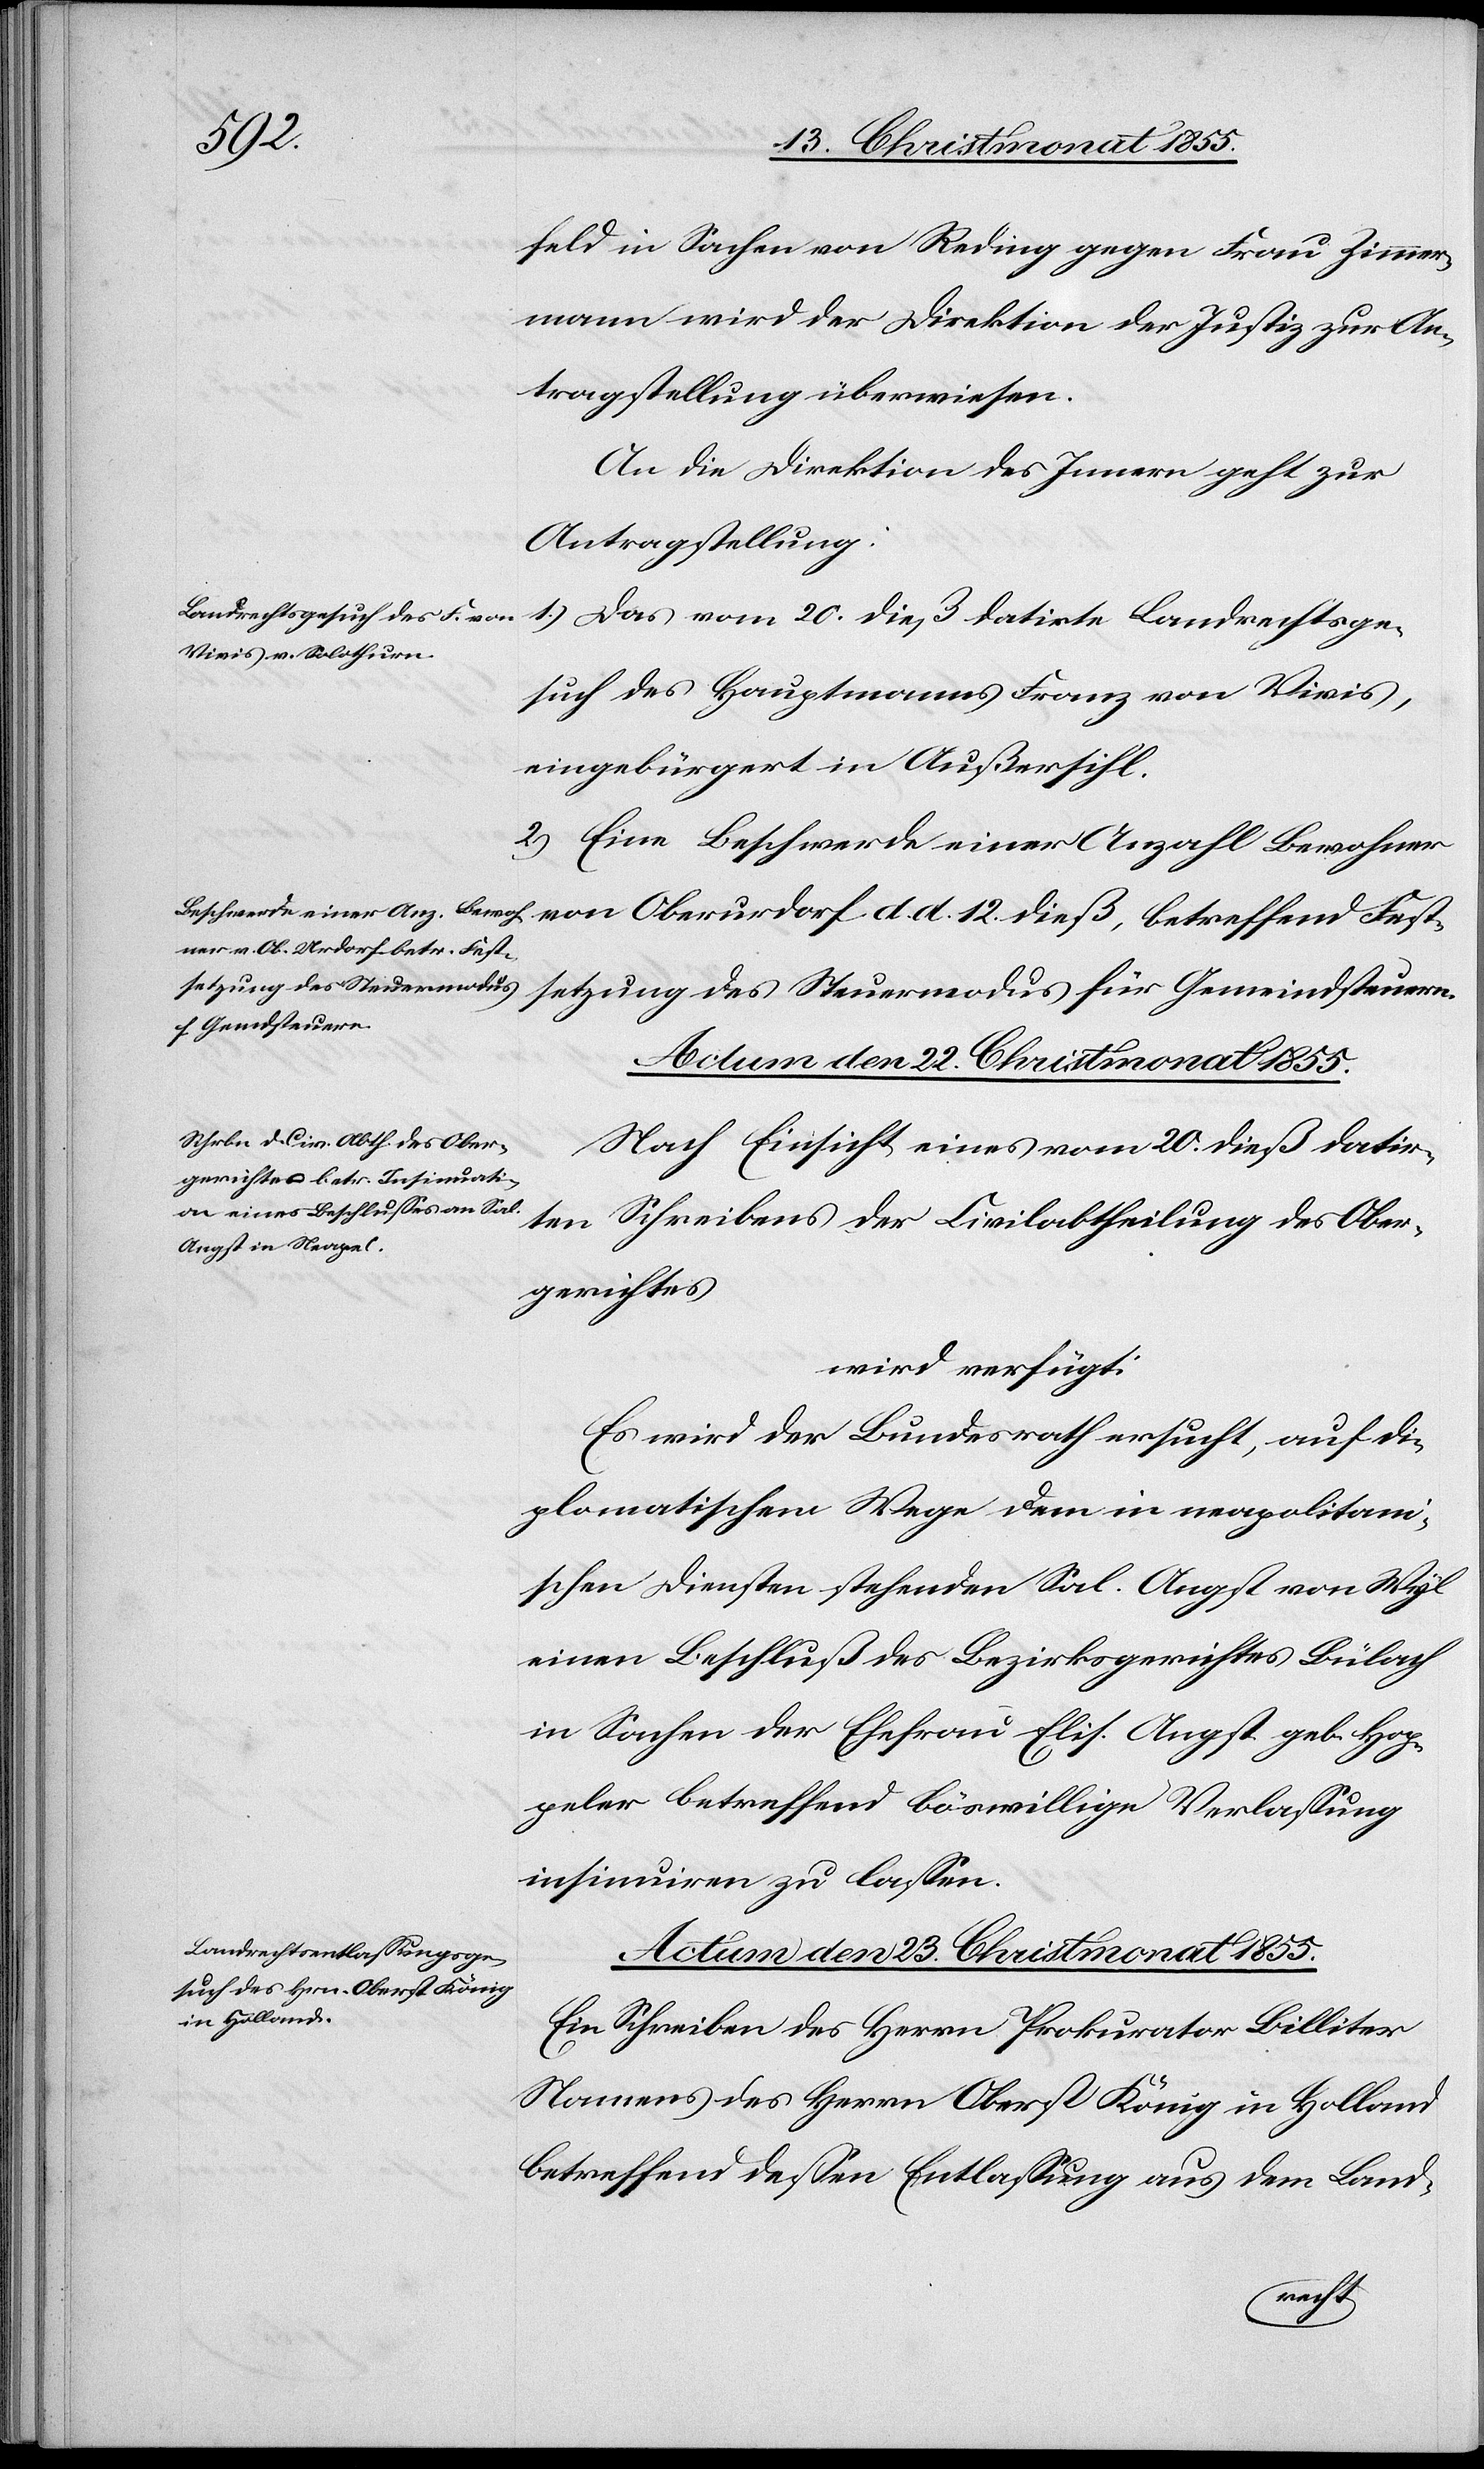
dieß,
feld in Sachen von Reding gegen Frau Zimmer¬
mann wird der Direktion der Justiz zur An¬
tragstellung überwiesen.
An die Direktion des Innern geht zur
Antragstellung:
1.) Das vom 20. dieß datirte Landrechtsge¬
such des Hauptmanns Franz von Vivis,
eingebürgert in Außersihl.
2.) Eine Beschwerde einer Anzahl Bewohner
für Gemeindsteuern.
Actum den 23. Christmonat 1855.
Nach Einsicht eines vom 20. dieß datir¬
ten Schreibens der Civilabtheilung des Ober¬
gerichtes
wird verfügt:
Es wird der Bundesrath ersucht, auf di¬
plomatischem Wege dem in neapolitani¬
schen Diensten stehenden Sal. Angst von Wyl
einen Beschluß des Bezirksgerichtes Bülach
in Sachen der Ehefrau Elis. Angst geb. Hop¬
peler betreffend böswillige Verlassung
insinuiren zu lassen.
Ein Schreiben des Herrn Prokurator Billiter
Namens des Herrn Oberst König in Holland
betreffend dessen Entlassung aus dem Land-